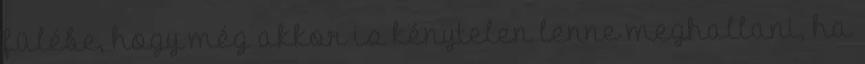
fülébe, hogy még akkor is kénytelen lenne meghallani, ha